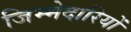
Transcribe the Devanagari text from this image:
जिम्‍मेदारियों